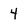
Character: 4